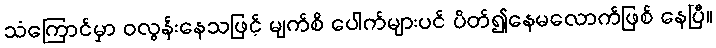
သံကြောင်မှာ ဝလွန်းနေသဖြင့် မျက်စိ ပေါက်များပင် ပိတ်၍နေမလောက်ဖြစ် နေပြီ။